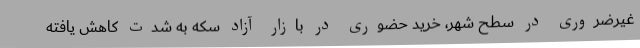
غیرضروری در سطح شهر، خرید حضوری در بازار آزاد سکه به شدت کاهش یافته